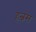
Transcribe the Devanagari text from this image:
हन्नस